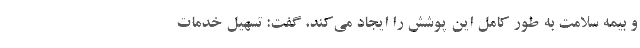
و بیمه سلامت به طور کامل این پوشش را ایجاد می‌کند، گفت: تسهیل خدمات